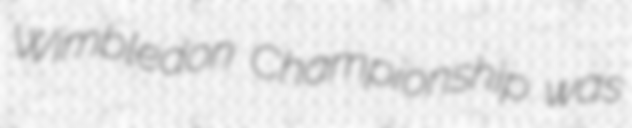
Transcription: Wimbledon Championship was